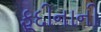
ફૂદીનાની